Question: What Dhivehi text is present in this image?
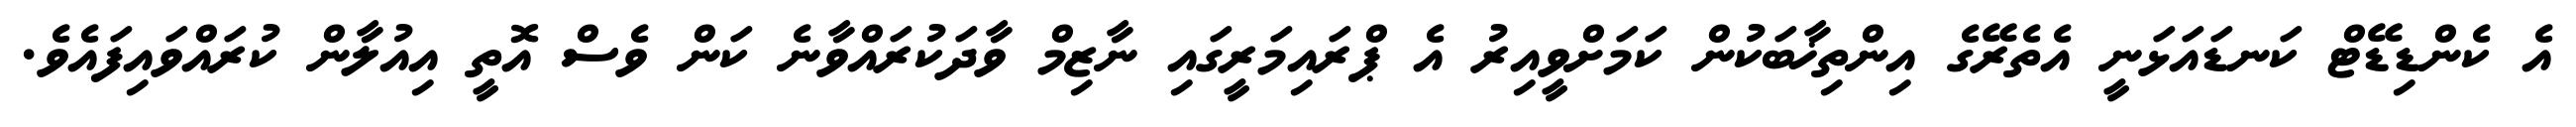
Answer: އެ ކެންޑިޑޭޓް ކަނޑައަޅަނީ އެތެރޭގެ އިންތިޚާބަކުން ކަމަށްވީއިރު އެ ޕްރައިމަރީގައި ނާޒިމް ވާދަކުރައްވާނެ ކަން ވެސް އޮތީ އިއުލާން ކުރައްވައިފައެވެ.